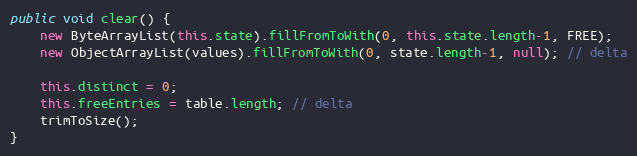
Language: Java
public void clear() {
	new ByteArrayList(this.state).fillFromToWith(0, this.state.length-1, FREE);
   	new ObjectArrayList(values).fillFromToWith(0, state.length-1, null); // delta

	this.distinct = 0;
	this.freeEntries = table.length; // delta
	trimToSize();
}